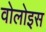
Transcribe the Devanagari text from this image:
वोलोइस